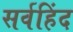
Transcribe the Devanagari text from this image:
सर्वहिंद